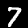
Label: 7